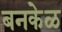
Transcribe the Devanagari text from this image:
बनकेळ